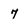
Character: 7